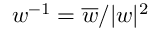
w ^ { - 1 } = \overline { { w } } / \vert w \vert ^ { 2 }